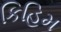
કિહિમ